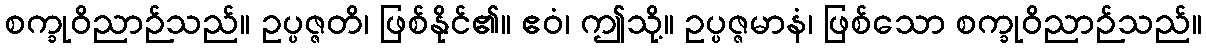
စက္ခုဝိညာဉ်သည်။ ဥပ္ပဇ္ဇတိ၊ ဖြစ်နိုင်၏။ ဧဝံ၊ ဤသို့။ ဥပ္ပဇ္ဇမာနံ၊ ဖြစ်သော စက္ခုဝိညာဉ်သည်။